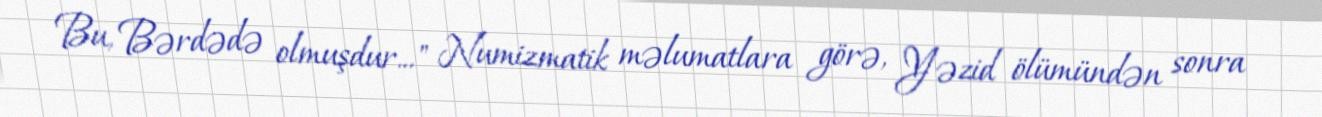
Bu, Bərdədə olmuşdur..." Numizmatik məlumatlara görə, Yəzid ölümündən sonra